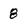
Character: 8